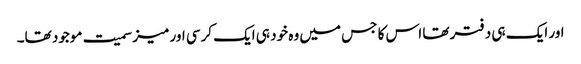
اور ایک ہی دفتر تھا اس کا جس میں وہ خود ہی ایک کرسی اور میز سمیت موجود تھا۔